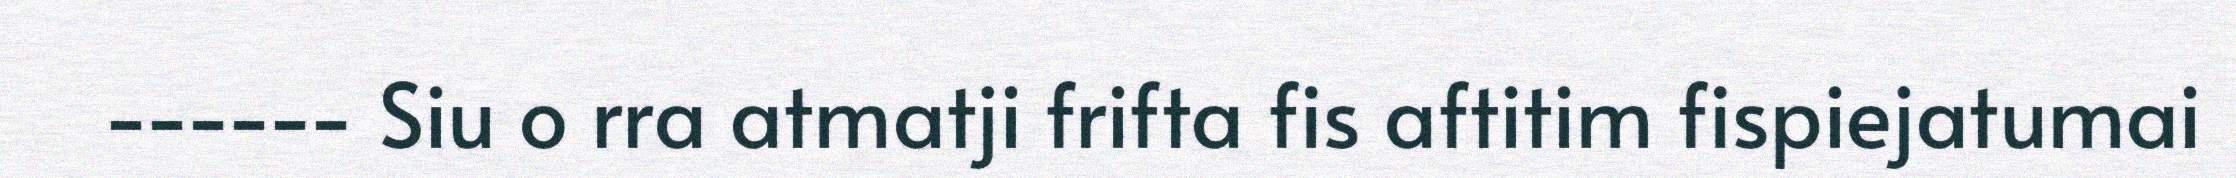
------ Siu o rra atmatji frifta fis aftitim fispiejatumai